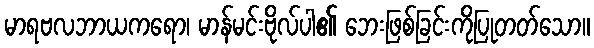
မာရဗလဘာယကရော၊ မာန်မင်းဗိုလ်ပါ၏ ဘေးဖြစ်ခြင်းကိုပြုတတ်သော။